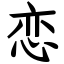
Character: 恋